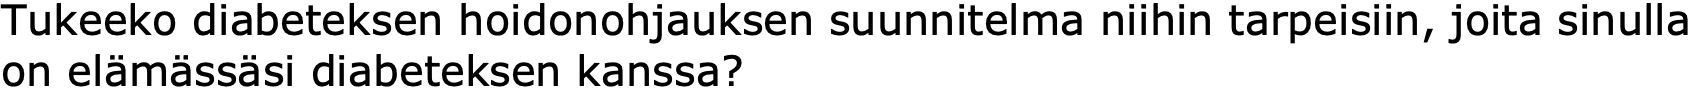
Tukeeko diabeteksen hoidonohjauksen suunnitelma niihin tarpeisiin, joita sinulla on elämässäsi diabeteksen kanssa?